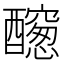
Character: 𨣭